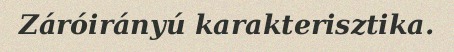
Záróirányú karakterisztika.